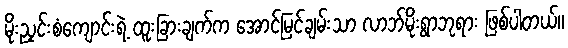
မိုးညှင်းစံကျောင်းရဲ့ ထူးခြားချက်က အောင်မြင်ချမ်းသာ လာဘ်မိုးရွာဘုရား ဖြစ်ပါတယ်။